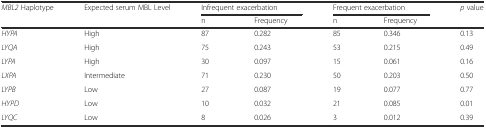
<table><thead><tr><td><b><i>MBL2</i> Haplotype</b></td><td><b>Expected serum MBL Level</b></td><td colspan="2"><b>Infrequent exacerbation</b></td><td colspan="2"><b>Frequent exacerbation</b></td><td><b><i>p</i> value</b></td></tr><tr><td></td><td></td><td><b>n</b></td><td><b>Frequency</b></td><td><b>n</b></td><td><b>Frequency</b></td><td></td></tr></thead><tbody><tr><td><i>HYPA</i></td><td>High</td><td>87</td><td>0.282</td><td>85</td><td>0.346</td><td>0.13</td></tr><tr><td><i>LYQA</i></td><td>High</td><td>75</td><td>0.243</td><td>53</td><td>0.215</td><td>0.49</td></tr><tr><td><i>LYPA</i></td><td>High</td><td>30</td><td>0.097</td><td>15</td><td>0.061</td><td>0.16</td></tr><tr><td><i>LXPA</i></td><td>Intermediate</td><td>71</td><td>0.230</td><td>50</td><td>0.203</td><td>0.50</td></tr><tr><td><i>LYPB</i></td><td>Low</td><td>27</td><td>0.087</td><td>19</td><td>0.077</td><td>0.77</td></tr><tr><td><i>HYPD</i></td><td>Low</td><td>10</td><td>0.032</td><td>21</td><td>0.085</td><td>0.01</td></tr><tr><td><i>LYQC</i></td><td>Low</td><td>8</td><td>0.026</td><td>3</td><td>0.012</td><td>0.39</td></tr></tbody></table>